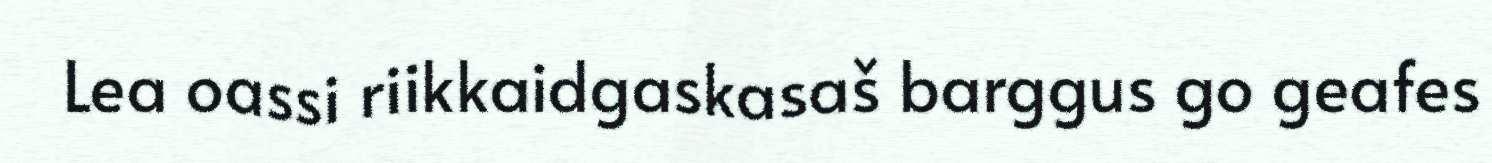
Lea oassi riikkaidgaskasaš barggus go geafes